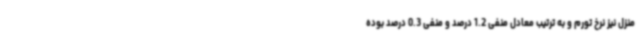
منزل نیز نرخ تورم و به ترتیب معادل منفی 1.2 درصد و منفی 0.3 درصد بوده